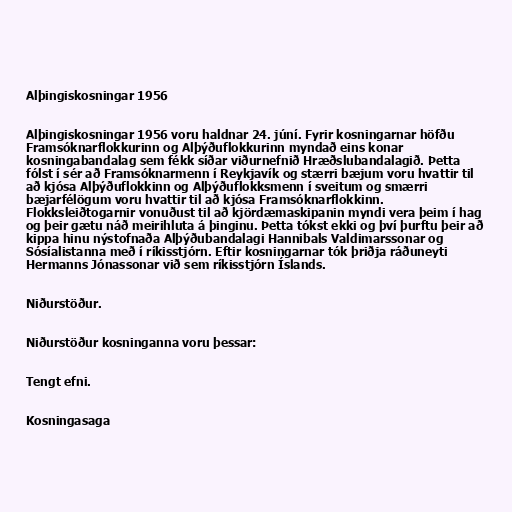
Alþingiskosningar 1956

Alþingiskosningar 1956 voru haldnar 24. júní. Fyrir kosningarnar höfðu
Framsóknarflokkurinn og Alþýðuflokkurinn myndað eins konar
kosningabandalag sem fékk síðar viðurnefnið Hræðslubandalagið. Þetta
fólst í sér að Framsóknarmenn í Reykjavík og stærri bæjum voru hvattir til
að kjósa Alþýðuflokkinn og Alþýðuflokksmenn í sveitum og smærri
bæjarfélögum voru hvattir til að kjósa Framsóknarflokkinn.
Flokksleiðtogarnir vonuðust til að kjördæmaskipanin myndi vera þeim í hag
og þeir gætu náð meirihluta á þinginu. Þetta tókst ekki og því þurftu þeir að
kippa hinu nýstofnaða Alþýðubandalagi Hannibals Valdimarssonar og
Sósíalistanna með í ríkisstjórn. Eftir kosningarnar tók þriðja ráðuneyti
Hermanns Jónassonar við sem ríkisstjórn Íslands.

Niðurstöður.

Niðurstöður kosninganna voru þessar:

Tengt efni.

Kosningasaga